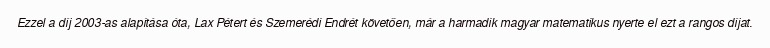
Ezzel a díj 2003-as alapítása óta, Lax Pétert és Szemerédi Endrét követően, már a harmadik magyar matematikus nyerte el ezt a rangos díjat.